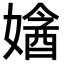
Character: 㜝